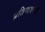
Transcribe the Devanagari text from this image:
प्रतिपादनही